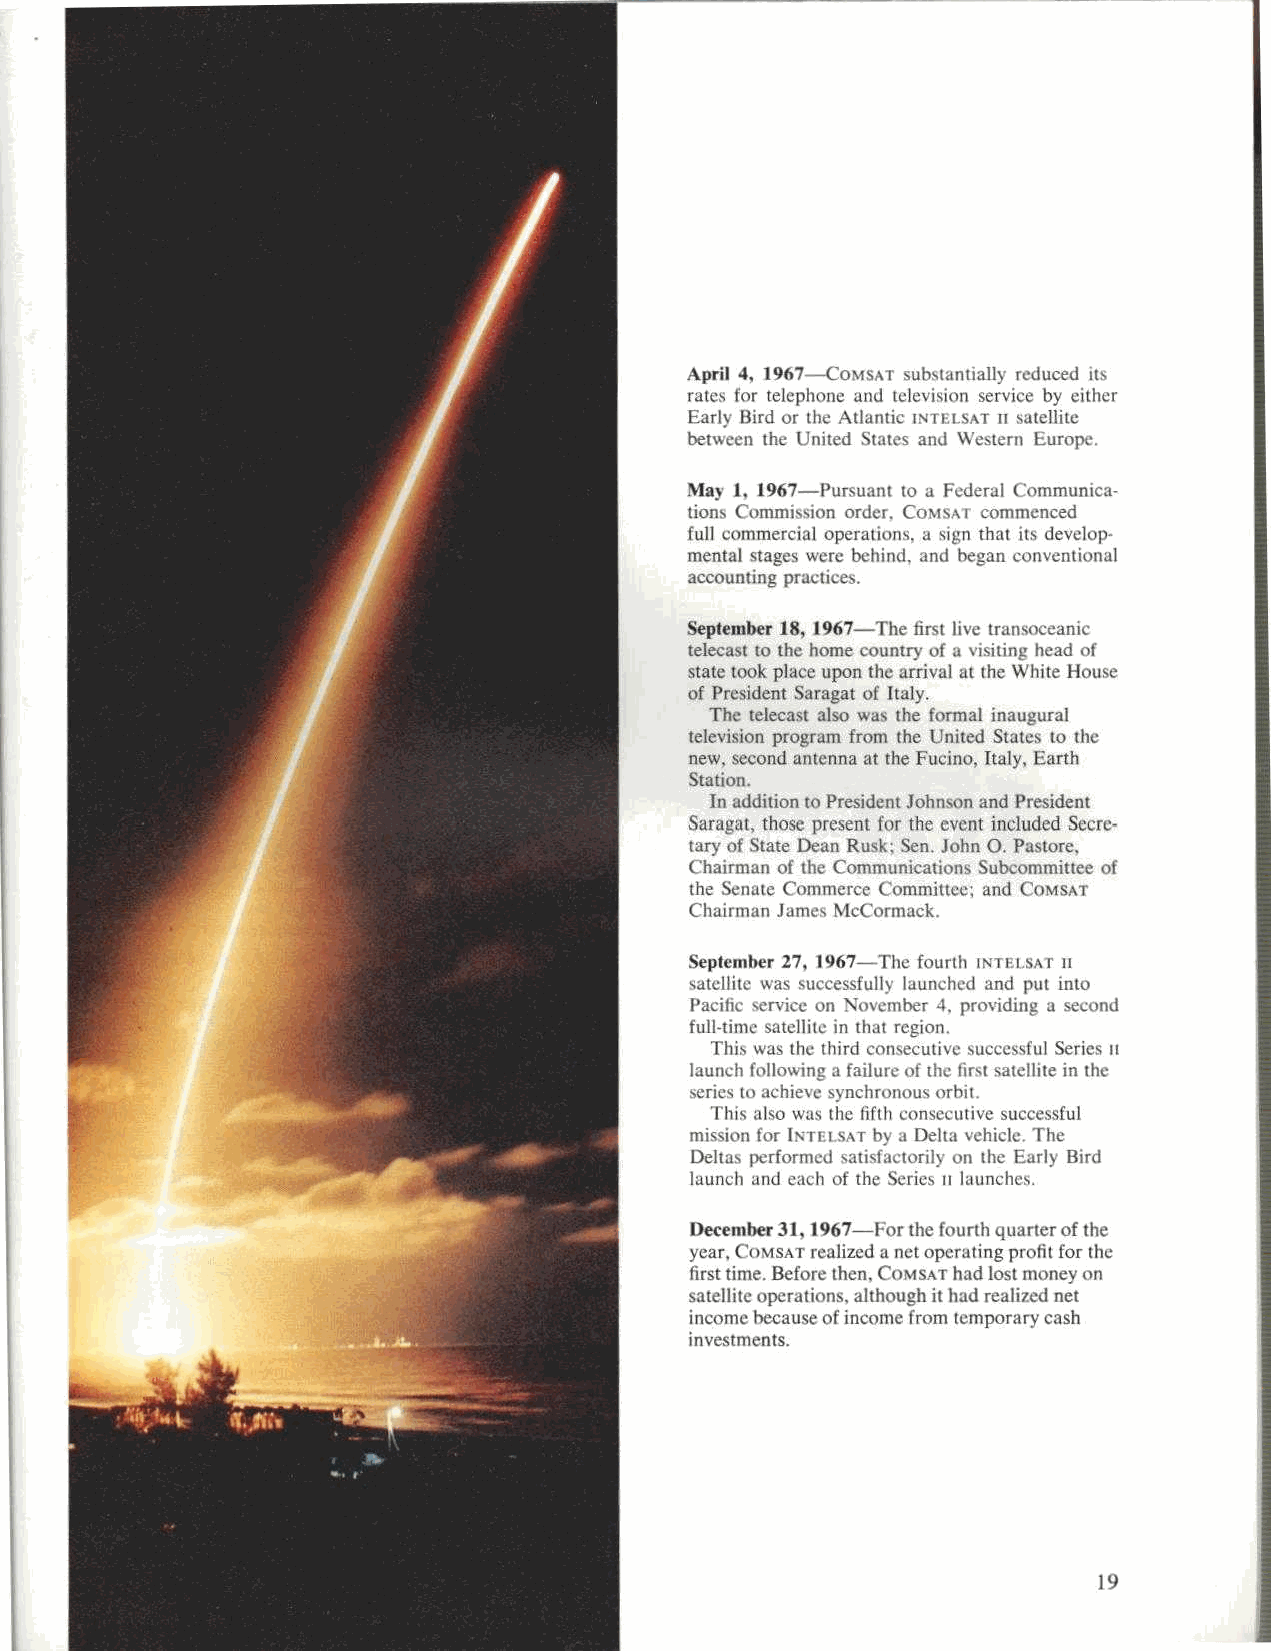
April 4, 1967-ComSAT substantially reduced its
 rates for telephone and television service by either
 Early Bird or the Atlantic INTELSAT 11 satellite
 between the United States and Western Europe.
 May 1, 1967-Pursuant to a Federal Communica-
 tions Commission order, COMSAT commenced
 full commercial operations. a sign that its develop-
 mental stages were behind, and began conventional
 accounting practices.
 September 18, 1967-The first live transoceanic
 telecast to the home country of a visiting head of
 state took place upon the arrival at the White House
 of President Saragat of Italy.
 The telecast also was the formal inaugural
 television program from the United States to the
 new, second antenna at the Fucino, Italy, Earth
 Station.
 In addition to President Johnson and President
 Saragat, those present for the event included Secre-
 tary of State Dean Rusk; Sen. John 0. Pastore.
 Chairman of the Communications Subcommittee of
 the Senate Conmerce Committee; and COMSAT
 Chairman James McCormack.
 September 27, 1967-The fourth INTELSAT 11
 satellite was successfully launched and put into
 Pacific service on November 4. providing a second
 full-time satellite in that region.
 This was the third consecutive successful Series it
 launch following a failure of the first satellite in the
 series to achieve synchronous orbit.
 This also was the fifth consecutive successful
 mission for INTELSAT by a Delta vehicle. The
 Delta'. j crformed satisfactorily on the Early Bird
 launch and cacti of the Series n launches.
 December 31, 1967-For the fourth quarter of the
 year, COMSAT realized a net operating profit for the
 first time. Before then, COMSAT had lost money on
 satellite operations, although it had realized net
 income because of income from temporary cash
 investments.
 19